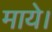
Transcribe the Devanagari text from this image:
माये।